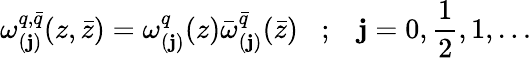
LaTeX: \omega_{(\mathbf{j})}^{q,\bar{{q}}}(z,\bar{{z}})=\omega_{(\mathbf{j})}^{q}(z)\bar{{\omega}}_{(\mathbf{j})}^{\bar{{q}}}(\bar{{z}})\; \; \; ;\; \; \; \mathbf{j}=0,\frac{{1}}{{2}},1,\ldots